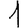
Digit: 1